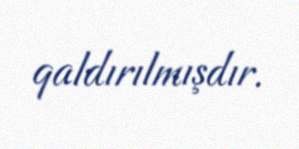
qaldırılmışdır.